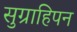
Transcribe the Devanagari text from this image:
सुग्राहिपन